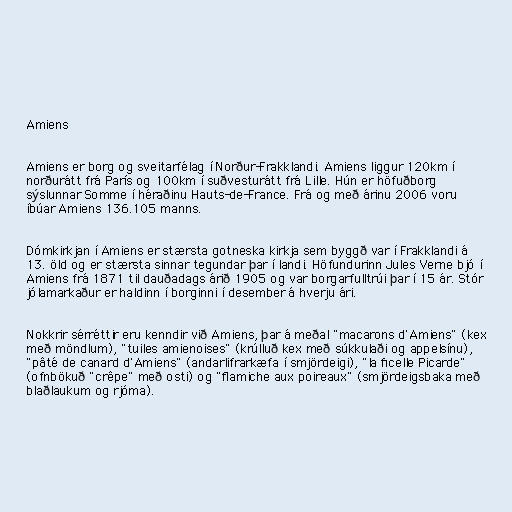
Amiens

Amiens er borg og sveitarfélag í Norður-Frakklandi. Amiens liggur 120km í
norðurátt frá París og 100km í suðvesturátt frá Lille. Hún er höfuðborg
sýslunnar Somme í héraðinu Hauts-de-France. Frá og með árinu 2006 voru
íbúar Amiens 136.105 manns.

Dómkirkjan í Amiens er stærsta gotneska kirkja sem byggð var í Frakklandi á
13. öld og er stærsta sinnar tegundar þar í landi. Höfundurinn Jules Verne bjó í
Amiens frá 1871 til dauðadags árið 1905 og var borgarfulltrúi þar í 15 ár. Stór
jólamarkaður er haldinn í borginni í desember á hverju ári.

Nokkrir sérréttir eru kenndir við Amiens, þar á meðal "macarons d'Amiens" (kex
með möndlum), "tuiles amienoises" (krúlluð kex með súkkulaði og appelsínu),
"pâté de canard d'Amiens" (andarlifrarkæfa í smjördeigi), "la ficelle Picarde"
(ofnbökuð "crêpe" með osti) og "flamiche aux poireaux" (smjördeigsbaka með
blaðlaukum og rjóma).